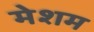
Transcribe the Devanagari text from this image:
मेशम